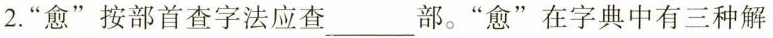
2.”愈”按部首查字法应查___部。”愈”在字典中有三种解